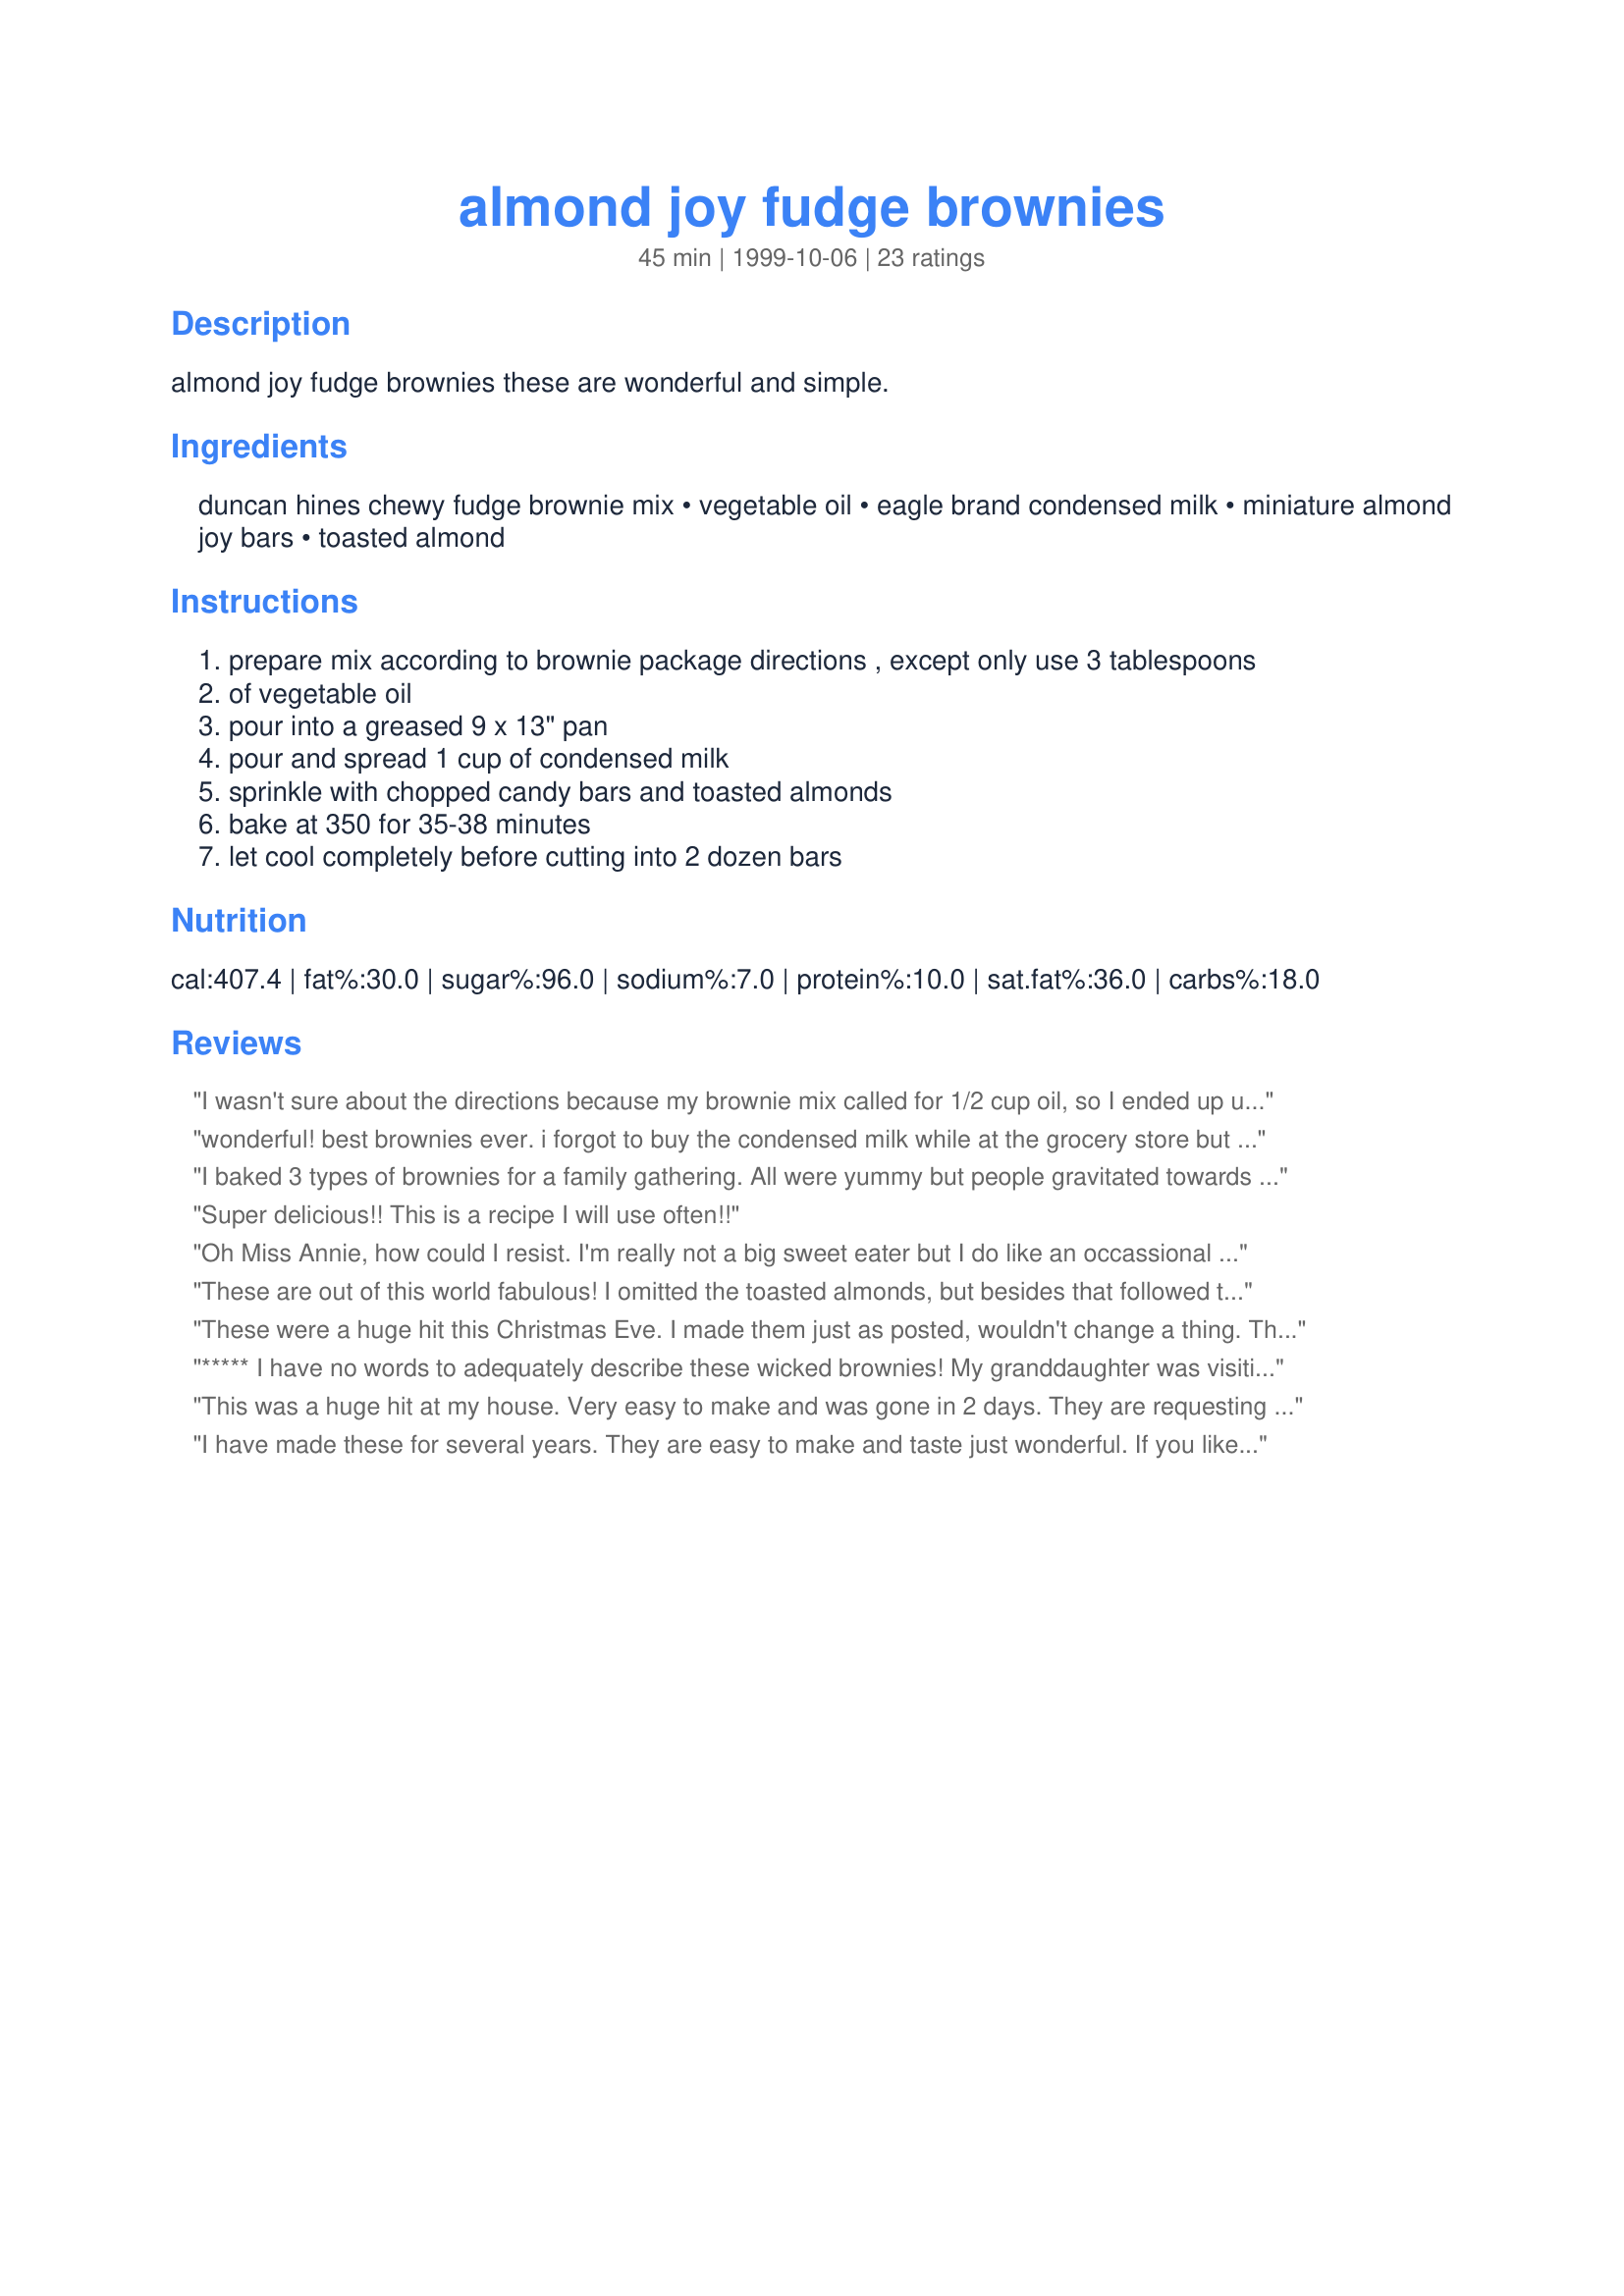
almond joy fudge brownies
Preparation time: 45 minutes

almond joy fudge brownies these are wonderful and simple.

Ingredients:
duncan hines chewy fudge brownie mix, vegetable oil, eagle brand condensed milk, miniature almond joy bars, toasted almond

Steps:
prepare mix according to brownie package directions , except only use 3 tablespoons
of vegetable oil
pour into a greased 9 x 13" pan
pour and spread 1 cup of condensed milk
sprinkle with chopped candy bars and toasted almonds
bake at 350 for 35-38 minutes
let cool completely before cutting into 2 dozen bars

Reviews:
I wasn't sure about the directions because my brownie mix called for 1/2 cup oil, so I ended up using a couple of T more oil. I think that made them a little too gooey. I made these as part of a brownie platter and honestly they were not my favorite but they were quite good. They were so easy to make and I am sure that had I made them alone they would have not had to struggle to get my favor. I think I will try making them again using DC brownie mix and see what happens. Bt the way, these also freeze quite well.
wonderful! best brownies ever. i forgot to buy the condensed milk while at the grocery store but decided to make them anyways. delicious! used 3 regular size almond joy bars. my roomate loved these as did my neighbor bob. thanks!
I baked 3 types of brownies for a family gathering. All were yummy but people gravitated towards the almond joy fudge brownies first. Who could resist a fudgey coconut topping with almonds? Thanks!
Super delicious!! This is a recipe I will use often!!
Oh Miss Annie, how could I resist. I'm really not a big sweet eater but I do like an occassional Almond Joy. When I saw this recipe I just had to try it. We had guests over for dinner last night and I made this for desert. So easy and so rich and chewy. My guests even asked if they could take some home with them. Not much left (hope I get to them before the kids do!) Great recipe. You've done it again!
These are out of this world fabulous! I omitted the toasted almonds, but besides that followed the exact recipe. Very addicting!
These were a huge hit this Christmas Eve. I made them just as posted, wouldn't change a thing. The whole family loved them. They were really easy to make too! Thanks for a great recipe, Miss Annie.
***** I have no words to adequately describe these wicked brownies! My granddaughter was visiting me for Cooking 101 week & we made these on Day 1. All other dishes we prepared paled in comparison ;-) She went home happily armed with 'Zaar's URL & left me 10 lbs. heavier! Thanks. I think ...
This was a huge hit at my house. Very easy to make and was gone in 2 days. They are requesting more.
I have made these for several years. They are easy to make and taste just wonderful. If you like coconut, you will love these. Thanks for posting this recipe.
One word - AMAZING. I used Mounds instead of Almond Joy, omitted the sliced almonds and used the whole can (14 oz) of condensed milk. These took 30 minutes to bake in my oven. I may never make plain brownies again! Thanks for the simple, yet indulgent, recipe!!!!
These were really good and very rich! They were easy to make - the only thing we changed was to leave out the toasted almonds. We had these brownies with a scoop of vanilla ice cream and they were wonderful. Thanks for the recipe. =)
I took this to work and it was loved by all, was asked to make another one soon.
This was soooo good! Even my hubby said it was a definite 5 * recipe! LOL We really enjoyed it, although I had no toasted almonds, so I didnt use any, but it was wonderful! Thanks for a great dessert!
These brownies are for all almond joy fans. They are very rich, gooey, and delicious. I love the way the candy bars melt right into the brownie. If I was to do anything different, I might try cutting down on the sweetened condensed milk a little. Thanks for sharing a yummy recipe.
These are soooo good and moist! My guests loved them!
Here is an idea if you are alergic to processed coconut like I am. I can not eat almond joy candy for that reason.
 mix some sweetened condensed milk with natural unproccesed coconut, mini chocolate chips and toasted almonds, evenly sprinkle over brownie batter then pour over remaining sweetened condensed milk. Bake accordingly. I wonder how some merichino cherries would be added to that?? <G>
YUM!!!
I took these for a potluck and came home with NONE! Everyone stood over them gobbling them up. Thanks for sharing this easy and Deeeee-lish recipe!
This was an easy recipe to prepare. The result was a very sticky, gooey, sweet treat. By the way, 1 can of condensed milk equals 1 cup. I made a second time , heating the condensed milk in the microwave to help it spread more evenly and I used shredded, sweetened coconut instead of the almond joys. I did everything else the same, except bake in a 15 x 10 pan for 25 minutes. I drizzled some milk chocolate over the top. I think that the original recipe has the better taste, because you just can't duplicate the Almond Joy's, but heating the milk definitly helped the second batch, as did the larger pan. Thanks for the unusal take on plain old brownies.
This was an easy recipe to make. I made two batches for a bake sale. It was one of the first things to sell out! I asked a couple of people who bought the brownies what they would rate them (between 1 and 5) and they both said "4". I added the extra star for ease of preparation. I couldn't find 14 ounce packages of Almond Joy Bars, so I just used the 11.9 ounce packages. I also didn't measure the condensed milk--I just used 1 14 ounce can for each batch. I will absolutely make these again! Thanks for posting Tonk. Best Dishes! Sue
These were the best brownies I have ever had! They are so addicting! I followed the recipe to a "T" and they were so yummy I almost finished off the whole bunch by myself!
Incredible! I made these in the beginning of the week and my husband is already bugging me for another batch!!! The only alteration I made was to add skor bit and a bit of cocunut to half of it(didn't have enough almond joy). Great flavor and they stay moist for days(not that they lasted very long) Thanks so much!
These were so good. I love coconut and these just hit the spot. I made them for a Navy Wives Social and everyone who had one said they were good. I cooked mine in a 11x8 pan, so had to cook them a bit longer and made the topping a bit too chewy, so next time will use the 9x13! Thanks for the quick and great recipe!
